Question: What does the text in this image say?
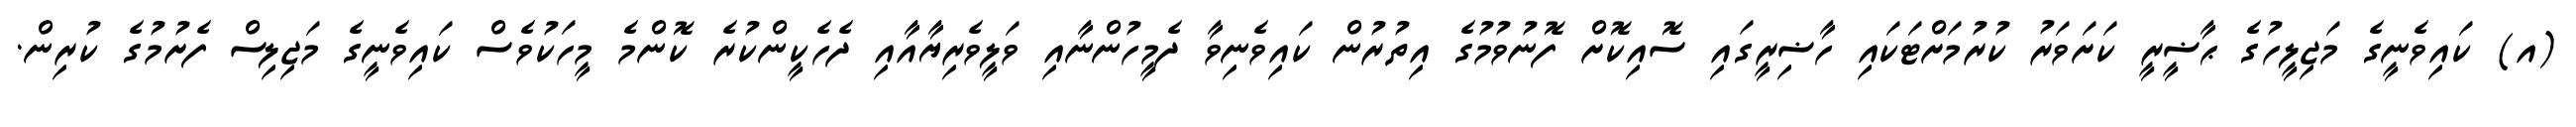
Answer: (އ) ކައިވެނީގެ މަޖިލީހުގެ ޙާޟީރީ ކަށަވަރު ކުރުމަށްޓަކައި ހާޟިރީގައި ސޮއިކޮށް ފޮނުވުމުގެ އިތުރުން ކައިވެނިވާ ދެމީހުންނާއި ވަލީވެރިޔާއާއި ދެހެކީންކުރެ ކޮންމެ މީހަކުވެސް ކައިވެނީގެ މަޖިލިސް ފެށުމުގެ ކުރިން.